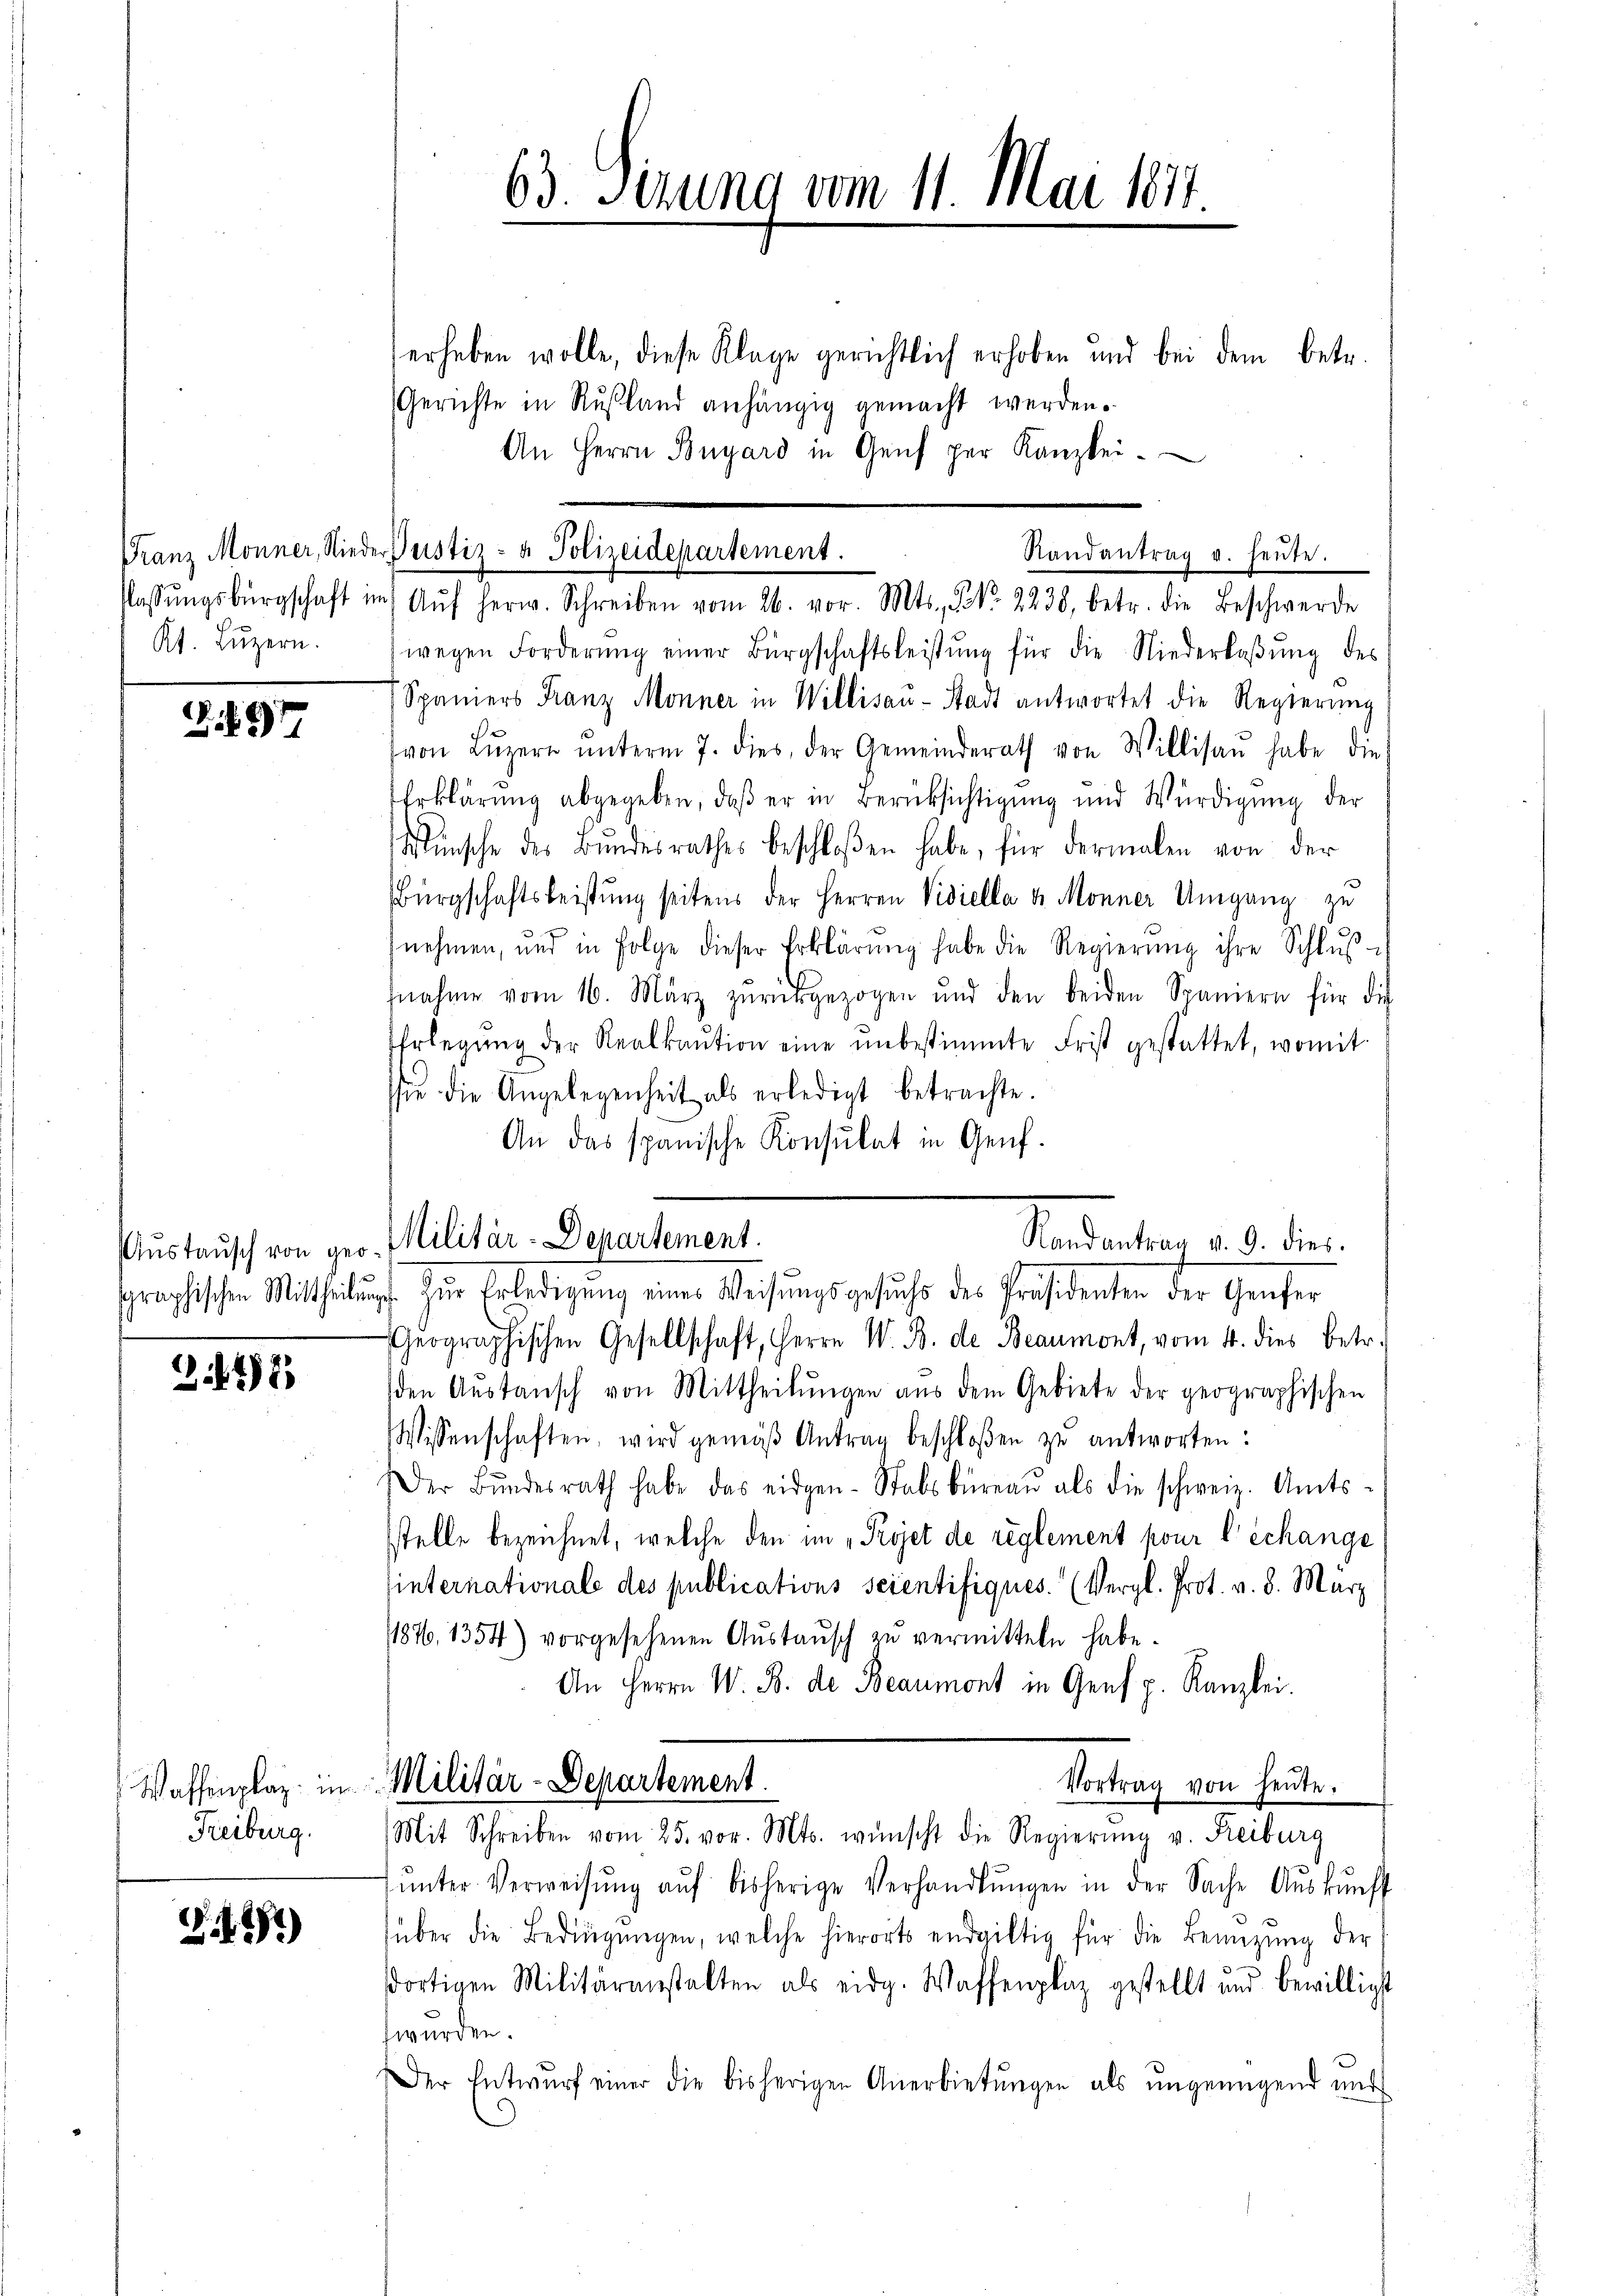
Kt. Luzern.

97

Austausch von ger
sgraphischen Mittheilun
fe

247

Freiburg.

2.2)

erheben wolle, diese Klage gerichtlich erhoben und bei dem betr.
Gerichte in Rußland anhängig gemacht werden.
An Herrn Bnyard in Genf per Kanzlei.
wegen Forderŭng einer Bürgschaftsleistŭng für die Niederlaβŭng des
Spaniers Franz Monner in Willisaŭ-Stadt antwortet die Regierŭng
von Lŭzern ŭnterm 7. dies, der Gemeinderath von Willisau habe die
Erklärung abgegeben, daβ er in Berücksichtigung und Würdigŭng der
Wünsche des Bŭndesrathes beschloßen habe, für dermalen von der
Bürgschaftsleistung seitens der Herren Visiella u. Monner Umgang zu
nehmen, und in Folge dieser Erklärŭng habe die Regierŭng ihre Schlŭβ-
fnahme vom 16. März zurückgezogen und den beiden Spaniern für die
Erlegŭng der Realkaŭtion eine ŭnbestimmte Frist gestattet, womit
sie die Angelegenheit als erledigt betrachte.
An das spanische Konsulat in Genf.
Militär-Departement.
Standentrag d. d. dies
use zur Erledigung einer Weisungsgesuche des Präsidenten der Genfer
Geographischen Gesellschaft, Herrn W. B. de Beaumont, vom 4. dies betr.
den Aŭstansch von Mittheilŭngen aus dem Gebiete der geographischen
Wissenschaften, wird gemäβ Antrag beschloßen zŭ antworten:
Der Bŭndesrath habe das eidgen-Stabsbüreaŭ als die schweiz. Amts-
stelle bezeichnet, welche den im „Projet de reglement pour l’échange
sinternationale des publications seientifiques. (Vergl. Prot. v. 8. März
1876, 1354) vorgesehenen Austausch zu vermitteln habe.
An Herrn W. B. de Beaumont in Genf p. Kanzlei.
Vortrag von heute.
Waffenplaz in Militär-Departement.
Mit Schreiben vom 25. vor. Mts. wünscht die Regierŭng v. Reiburg
ŭnter Verweisŭng aŭf bisherige Verhandlŭngen in der Sache Aŭskŭnft
über die Bedingŭngen, welche hierorts endgültig für die Benüzung der
dortigen Militäranstalten als eidg. Waffenplaz gestellt und bewilligt
swürden.
Der Entwŭrf einer die bisherigen Anerbietŭngen als ŭngenügend und

63. Sizung vom 11. Mai 1871

Franz Monner, Nieder Justiz- & Polizeidepartement.
Randantrag u. heute.
Klassŭngsbürgschaft im Aŭf herw. Schreiben vom 26. vor. Mts., N. 2238, betr. die Beschwerde